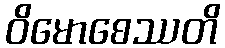
ဝိမောစေဿတိ